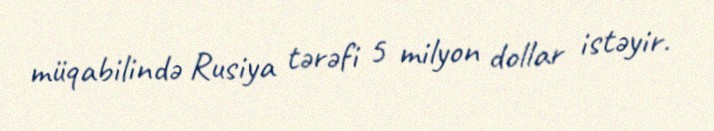
müqabilində Rusiya tərəfi 5 milyon dollar istəyir.